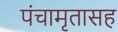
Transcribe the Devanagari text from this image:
पंचामृतासह